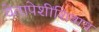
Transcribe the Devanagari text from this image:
चेतापेशींशिवाय